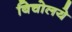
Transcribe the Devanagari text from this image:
बिचोलये